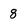
Character: 8